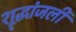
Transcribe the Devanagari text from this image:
श्रृद्धांजली